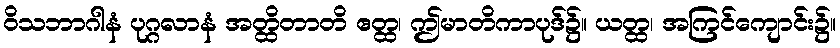
ဝိသဘာဂါနံ ပုဂ္ဂလာနံ အတ္ထိတာတိ ဧတ္ထ၊ ဤမာတိကာပုဒ်၌။ ယတ္ထ၊ အကြင်ကျောင်း၌။